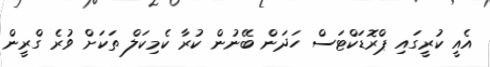
އެއީ ކުރީގައި ޕްރޮޑަކްޓަސް ހަދަން ބޭނުން ކުރާ ކެމިކަލް ތަކަށް ވުރެ ގްރީން